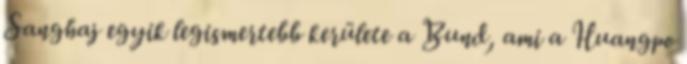
Sanghaj egyik legismertebb kerülete a Bund, ami a Huangpo